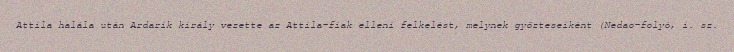
Attila halála után Ardarik király vezette az Attila-fiak elleni felkelést, melynek győzteseiként (Nedao-folyó, i. sz.